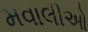
મવાલીઓ